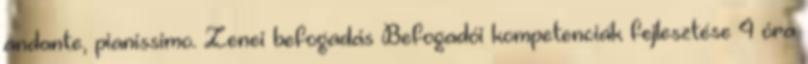
andante, pianissimo. Zenei befogadás Befogadói kompetenciák fejlesztése 4 óra